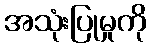
အသုံးပြုမှုကို